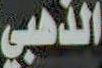
الذهبي